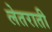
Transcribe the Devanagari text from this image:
लेतराती